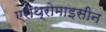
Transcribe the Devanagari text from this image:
एरीथ्रोमाइसीन